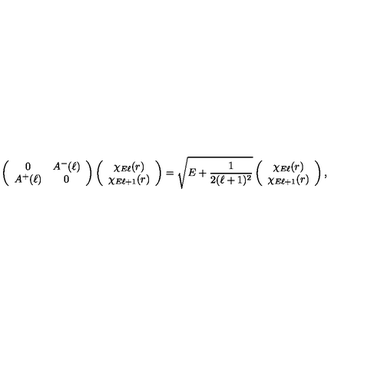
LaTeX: \left( \begin{array} { c c } { 0 } & { A ^ { - } ( \ell ) } \\ { A ^ { + } ( \ell ) } & { 0 } \\ \end{array} \right) \left( \begin{array} { c } { \chi _ { E \ell } ( r ) } \\ { \chi _ { E \ell + 1 } ( r ) } \\ \end{array} \right) = \sqrt { E + \frac { 1 } { 2 ( \ell + 1 ) ^ { 2 } } } \left( \begin{array} { c } { \chi _ { E \ell } ( r ) } \\ { \chi _ { E \ell + 1 } ( r ) } \\ \end{array} \right) ,